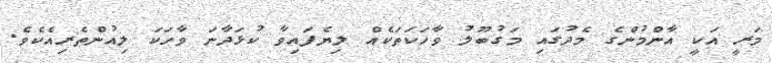
މަރީ އަކީ އާންމުންގެ މެދުގައި މަގުބޫލު ވާހަކަތަކެއް ލިޔެފައިވާ ކުޅަދާނަ ވާހަކަ ލިއުންތެރިއެކެވެ.